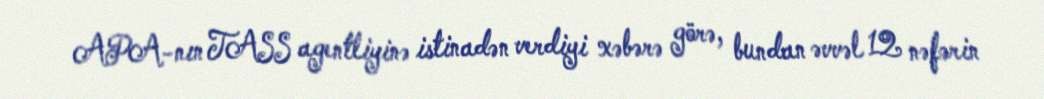
APA-nın TASS agentliyinə istinadən verdiyi xəbərə görə, bundan əvvəl 12 nəfərin